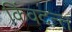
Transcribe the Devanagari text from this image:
किंवदन्त